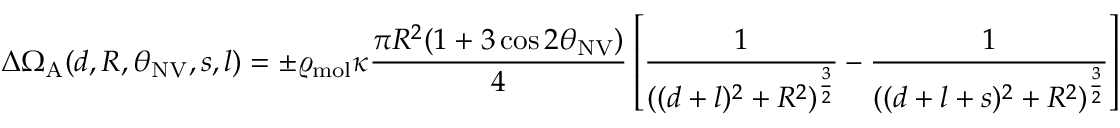
\Delta \Omega _ { \mathrm { A } } ( d , R , \theta _ { \mathrm { N V } } , s , l ) = \pm \varrho _ { \mathrm { m o l } } \kappa \frac { \pi R ^ { 2 } ( 1 + 3 \cos { 2 \theta _ { \mathrm { N V } } } ) } { 4 } \left[ \frac { 1 } { ( ( d + l ) ^ { 2 } + R ^ { 2 } ) ^ { \frac { 3 } { 2 } } } - \frac { 1 } { ( ( d + l + s ) ^ { 2 } + R ^ { 2 } ) ^ { \frac { 3 } { 2 } } } \right]